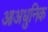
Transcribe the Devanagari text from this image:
आअधुनिक